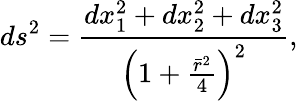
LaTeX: ds^{2}=\frac{dx_{1}^{2}+dx_{2}^{2}+dx_{3}^{2}}{\left(1+\frac{\bar{r}^{2}}{4}\right)^{2}},